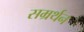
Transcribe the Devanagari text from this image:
सम्रर्थन